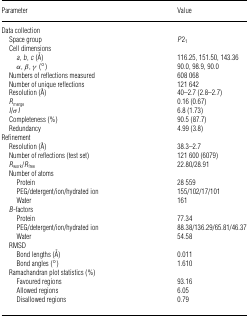
<table><thead><tr><td><b>Parameter</b></td><td><b>Value</b></td></tr></thead><tbody><tr><td>Data collection</td><td></td></tr><tr><td> Space group</td><td><i>P</i>2<sub>1</sub></td></tr><tr><td> Cell dimensions</td><td></td></tr><tr><td><i>a</i>, <i>b</i>, <i>c</i> (Å)</td><td>116.25, 151.50, 143.36</td></tr><tr><td>α, β, γ (°)</td><td>90.0, 98.9, 90.0</td></tr><tr><td> Numbers of reflections measured</td><td>608 068</td></tr><tr><td> Number of unique reflections</td><td>121 642</td></tr><tr><td> Resolution (Å)</td><td>40–2.7 (2.8–2.7)</td></tr><tr><td> <i>R</i><sub>merge</sub></td><td>0.16 (0.67)</td></tr><tr><td> <i>I</i>/σ<i>I</i></td><td>6.8 (1.73)</td></tr><tr><td> Completeness (%)</td><td>90.5 (87.7)</td></tr><tr><td> Redundancy</td><td>4.99 (3.8)</td></tr><tr><td>Refinement</td><td></td></tr><tr><td> Resolution (Å)</td><td>38.3–2.7</td></tr><tr><td> Number of reflections (test set)</td><td>121 600 (6079)</td></tr><tr><td> <i>R</i><sub>work</sub>/<i>R</i><sub>free</sub></td><td>22.80/28.91</td></tr><tr><td> Number of atoms</td><td></td></tr><tr><td>Protein</td><td>28 559</td></tr><tr><td>PEG/detergent/ion/hydrated ion</td><td>155/102/17/101</td></tr><tr><td>Water</td><td>161</td></tr><tr><td> <i>B</i>-factors</td><td></td></tr><tr><td>Protein</td><td>77.34</td></tr><tr><td>PEG/detergent/ion/hydrated ion</td><td>88.38/136.29/65.81/46.37</td></tr><tr><td>Water</td><td>54.58</td></tr><tr><td> RMSD</td><td></td></tr><tr><td>Bond lengths (Å)</td><td>0.011</td></tr><tr><td>Bond angles (°)</td><td>1.610</td></tr><tr><td> Ramachandran plot statistics (%)</td><td></td></tr><tr><td>Favoured regions</td><td>93.16</td></tr><tr><td>Allowed regions</td><td>6.05</td></tr><tr><td>Disallowed regions</td><td>0.79</td></tr></tbody></table>